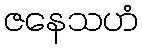
ဇနေသဟံ